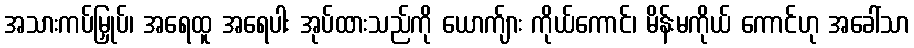
အသားကပ်မြှုပ်၊ အရေထူ အရေပါး အုပ်ထားသည်ကို ယောက်ျား ကိုယ်ကောင်၊ မိန်းမကိုယ် ကောင်ဟု အခေါ်သာ